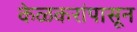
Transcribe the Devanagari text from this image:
केळकरांपासून